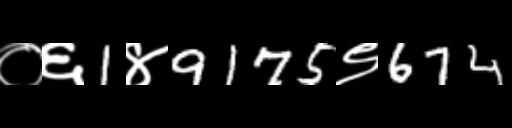
Text: ०६1४9175९674